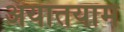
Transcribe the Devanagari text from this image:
अयातयाम